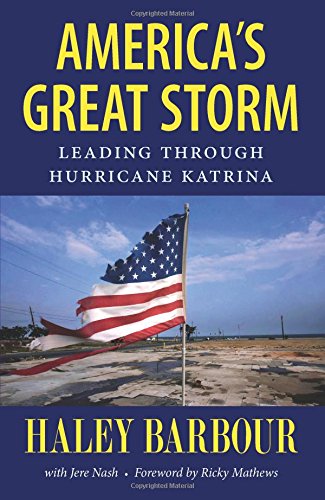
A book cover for America's Great Storm: Leading through Hurricane Katrina; Haley Barbour; Science & Math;